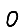
Digit: 0